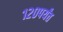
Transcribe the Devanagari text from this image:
१२०पर्यंत